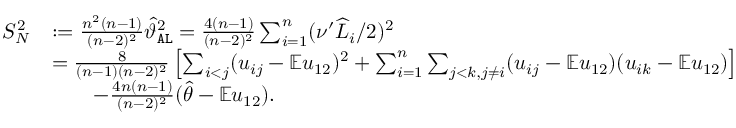
\begin{array} { r l } { S _ { N } ^ { 2 } } & { : = \frac { n ^ { 2 } ( n - 1 ) } { ( n - 2 ) ^ { 2 } } \widehat { \vartheta } _ { \mathtt { A L } } ^ { 2 } = \frac { 4 ( n - 1 ) } { ( n - 2 ) ^ { 2 } } \sum _ { i = 1 } ^ { n } ( \nu ^ { \prime } \widehat { L } _ { i } / 2 ) ^ { 2 } } \\ & { = \frac { 8 } { ( n - 1 ) ( n - 2 ) ^ { 2 } } \left[ \sum _ { i < j } ( u _ { i j } - \mathbb { E } u _ { 1 2 } ) ^ { 2 } + \sum _ { i = 1 } ^ { n } \sum _ { j < k , j \neq i } ( u _ { i j } - \mathbb { E } u _ { 1 2 } ) ( u _ { i k } - \mathbb { E } u _ { 1 2 } ) \right] } \\ & { \qquad - \frac { 4 n ( n - 1 ) } { ( n - 2 ) ^ { 2 } } ( \widehat { \theta } - \mathbb { E } u _ { 1 2 } ) . } \end{array}